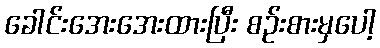
ခေါင်းအေးအေးထားပြီး စဉ်းစားမှပေါ့